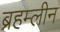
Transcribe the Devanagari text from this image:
ब्रहम्लीन